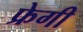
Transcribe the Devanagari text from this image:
फ्रेगी